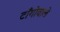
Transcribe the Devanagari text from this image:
टाँगोवाले